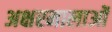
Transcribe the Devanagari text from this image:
अक्षरमालाओं